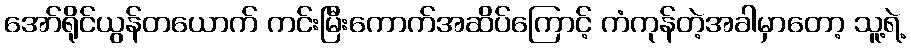
အော်ရိုင်ယွန်တယောက် ကင်းမြီးကောက်အဆိပ်ကြောင့် ကံကုန်တဲ့အခါမှာတော့ သူ့ရဲ့